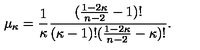
\mu _ { \kappa } = \frac { 1 } { \kappa } \frac { ( \frac { 1 - 2 \kappa } { n - 2 } - 1 ) ! } { ( \kappa - 1 ) ! ( \frac { 1 - 2 \kappa } { n - 2 } - \kappa ) ! } .